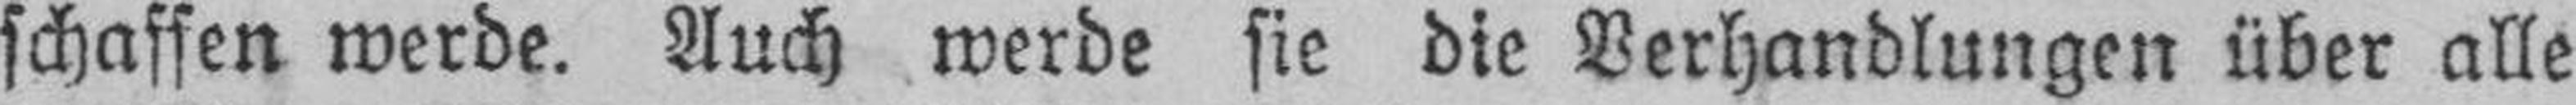
schaffen werde. Auch werde sie die Verhandlungen über alle